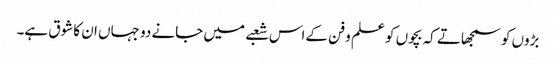
بڑوں کو سمجھاتے کہ بچوں کو علم و فن کےاس شعبے میں جانے دو جہاں ان کا شوق ہے۔